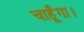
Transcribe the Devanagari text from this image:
चाहूँगा।